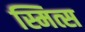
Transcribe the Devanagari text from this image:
स्मित्स